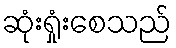
ဆုံးရှုံးစေသည်